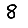
Digit: 8